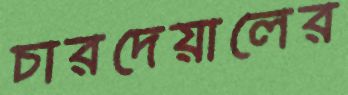
চারদেয়ালের